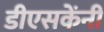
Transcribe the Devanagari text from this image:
डीएसकेंनी